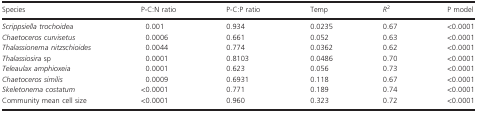
<table><thead><tr><td><b>Species</b></td><td><b>P-C:N ratio</b></td><td><b>P-C:P ratio</b></td><td><b>Temp</b></td><td><b><i>R</i><sup>2</sup></b></td><td><b>P model</b></td></tr></thead><tbody><tr><td><i>Scrippsiella trochoidea</i></td><td>0.001</td><td>0.934</td><td>0.0235</td><td>0.67</td><td>&lt;0.0001</td></tr><tr><td><i>Chaetoceros curvisetus</i></td><td>0.0006</td><td>0.661</td><td>0.052</td><td>0.63</td><td>&lt;0.0001</td></tr><tr><td><i>Thalassionema nitzschioides</i></td><td>0.0044</td><td>0.774</td><td>0.0362</td><td>0.62</td><td>&lt;0.0001</td></tr><tr><td><i>Thalassiosira</i> sp</td><td>0.0001</td><td>0.8103</td><td>0.0486</td><td>0.70</td><td>&lt;0.0001</td></tr><tr><td><i>Teleaulax amphioxeia</i></td><td>0.0001</td><td>0.623</td><td>0.056</td><td>0.73</td><td>&lt;0.0001</td></tr><tr><td><i>Chaetoceros similis</i></td><td>0.0009</td><td>0.6931</td><td>0.118</td><td>0.67</td><td>&lt;0.0001</td></tr><tr><td><i>Skeletonema costatum</i></td><td>&lt;0.0001</td><td>0.771</td><td>0.189</td><td>0.74</td><td>&lt;0.0001</td></tr><tr><td>Community mean cell size</td><td>&lt;0.0001</td><td>0.960</td><td>0.323</td><td>0.72</td><td>&lt;0.0001</td></tr></tbody></table>